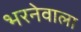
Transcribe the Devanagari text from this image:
भरनेवाला